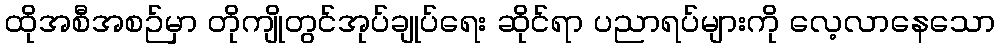
ထိုအစီအစဉ်မှာ တိုကျိုတွင်အုပ်ချုပ်ရေး ဆိုင်ရာ ပညာရပ်များကို လေ့လာနေသော